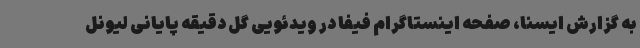
به گزارش ایسنا، صفحه اینستاگرام فیفا در ویدئویی گل دقیقه پایانی لیونل